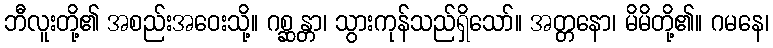
ဘီလူးတို့၏ အစည်းအဝေးသို့။ ဂစ္ဆန္တာ၊ သွားကုန်သည်ရှိသော်။ အတ္တနော၊ မိမိတို့၏။ ဂမနေ၊